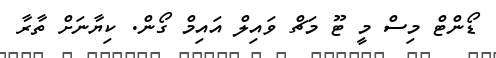
ޑޯންޓް މިސް މީ ޓޫ މަޗް ވައިލް އައިމް ގޯން. ކިޔާނަށް ތާރާ